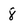
Character: 8